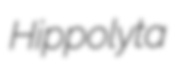
Hippolyta